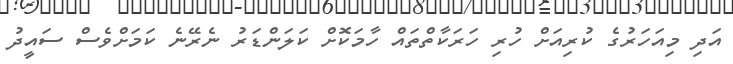
އަދި މިއަހަރުގެ ކުރިއަށް ހުރި ހަރަކާތްތައް ހާމަކޮށް ކަލަންޑަރު ނެރޭނެ ކަމަށްވެސް ސައީދު